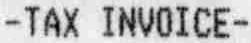
-TAX INVOICE-